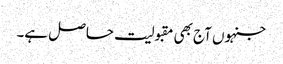
جنہوں آج بھی مقبولیت حاصل ہے۔